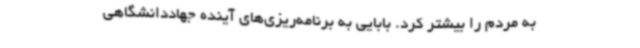
به مردم را بیشتر کرد. بابایی به برنامه‌ریزی‌های آینده جهاددانشگاهی